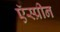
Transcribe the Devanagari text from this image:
ऍस्प्रीन